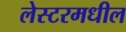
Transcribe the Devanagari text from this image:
लेस्टरमधील